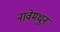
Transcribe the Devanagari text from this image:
नावेमधून